Indian journal of veterinary science and animal husbandry - Volumes 18-21, 1948-1951
Year: 1948
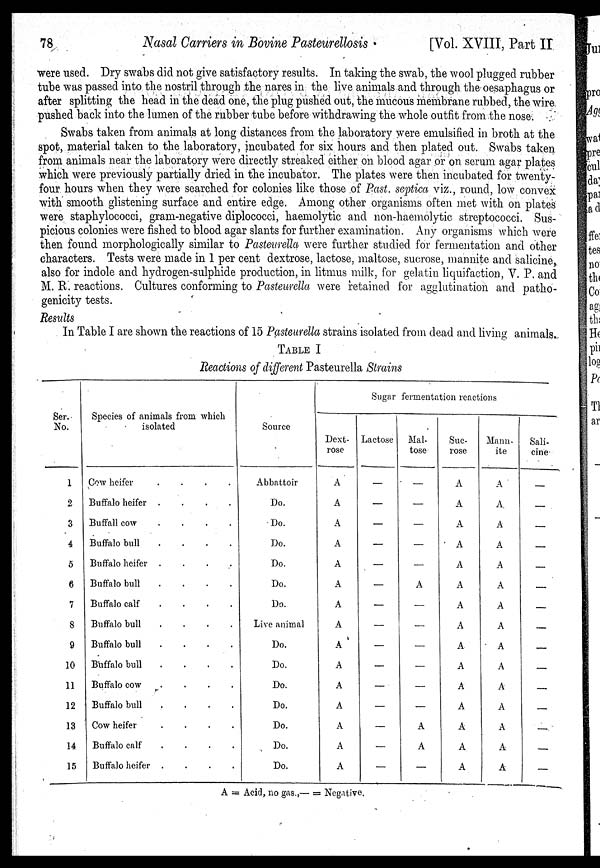
78
Nasal Carriers in Bovine
Pasteurellosis.
[Vol. XVIII, Part II
were used. Dry swabs did not give satisfactory results. In taking the swab, the wool plugged rubber
tube was passed into the nostril through the nares in the live animals and through the oesaphagus or
after splitting the head in the dead one, the plug pushed out, the mucous membrane rubbed, the wire
pushed back into the lumen of the rubber tube before withdrawing the whole outfit from the nose.
Swabs taken from animals at long distances from the laboratory were emulsified in broth at the
spot, material taken to the laboratory, incubated for six hours and then plated out. Swabs taken
from animals near the laboratory were directly streaked either on blood agar or on serum agar plates
which were previously partially dried in the incubator. The plates were then incubated for twenty-
four hours when they were searched for colonies like those of Past. septica viz., round, low convex
with smooth glistening surface and entire edge. Among other organisms often met with on plates
were staphylococci, gram-negative diplococci, haemolytic and non-haemolytic streptococci. Sus-
picious colonies were fished to blood agar slants for further examination. Any organisms which were
then found morphologically similar to Pasteurella were further studied for fermentation and other
characters. Tests were made in 1 per cent dextrose, lactose, maltose, sucrose, mannite and salicine,
also for indole and hydrogen-sulphide production, in litmus milk, for gelatin liquifaction, V. P. and
M. R. reactions. Cultures conforming to Pasteurella were retained for agglutination and patho-
genicity tests.
Results
In Table I are shown the reactions of 15 Pasteurella strains isolated from dead and living animals.
TABLE I
Reactions of different Pasteurella Strains
Ser.
No.
1
2
3
4
5
6
7
8
9
10
11
12
13
14
15
Species of animals from which
isolated
Cow heifer
.
.
.
.
Buffalo heifer
.
.
.
.
Buffall cow
.
.
.
.
Buffalo bull
.
.
.
.
Buffalo heifer
.
.
.
.
Buffalo bull
.
.
.
.
Buffalo calf
.
.
.
.
Buffalo bull . . . .
Buffalo bull . . . .
Buffalo bull . . . .
Buffalo cow
.
.
.
.
Buffalo bull . . . .
Cow heifer
.
.
.
.
Buffalo calf
.
.
.
.
Buffalo heifer . . . .
Source
Abbattoir
Do.
Do.
Do.
Do.
Do.
Do.
Live animal
Do.
Do.
Do.
Do.
Do.
Do.
Do.
Sugar fermentation reactions
Dext-
rose
A
A
A
A
A
A
A
A
A
A
A
A
A
A
A
Lactose
—
—
—
—
—
—
—
—
—
—
—
—
—
—
—
Mal¬
tose
—
—
—
—
—
A
—
—
—
—
—
—
A
A
—
Suc¬
rose
A
A
A
A
A
A
A
A
A
A
A
A
A
A
A
Mann¬
ite
A
A
A
A
A
A
A
A
A
A
A
A
A
A
A
Sali-
cine
—
—
—
—
—
—
—
—
—
—
—
—
—
—
—
A = Acid, no gas.,— = Negative.